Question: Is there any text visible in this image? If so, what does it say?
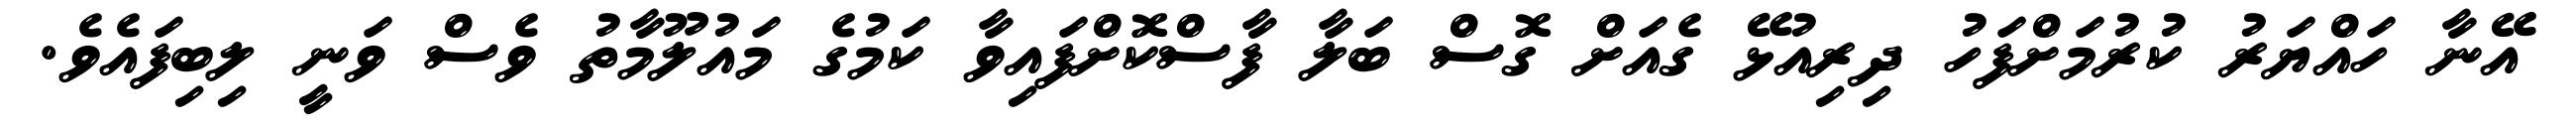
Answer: އޭނާ ހައްޔަރު ކުރުމަށްފަހު ދިރިއުޅޭ ގެއަށް ގޮސް ބަލާ ފާސްކޮށްފައިވާ ކަމުގެ މައުލޫމާތު ވެސް ވަނީ ލިބިފައެވެ.